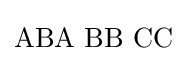
\mathrm {ABA\,\,BB\,\,CC}